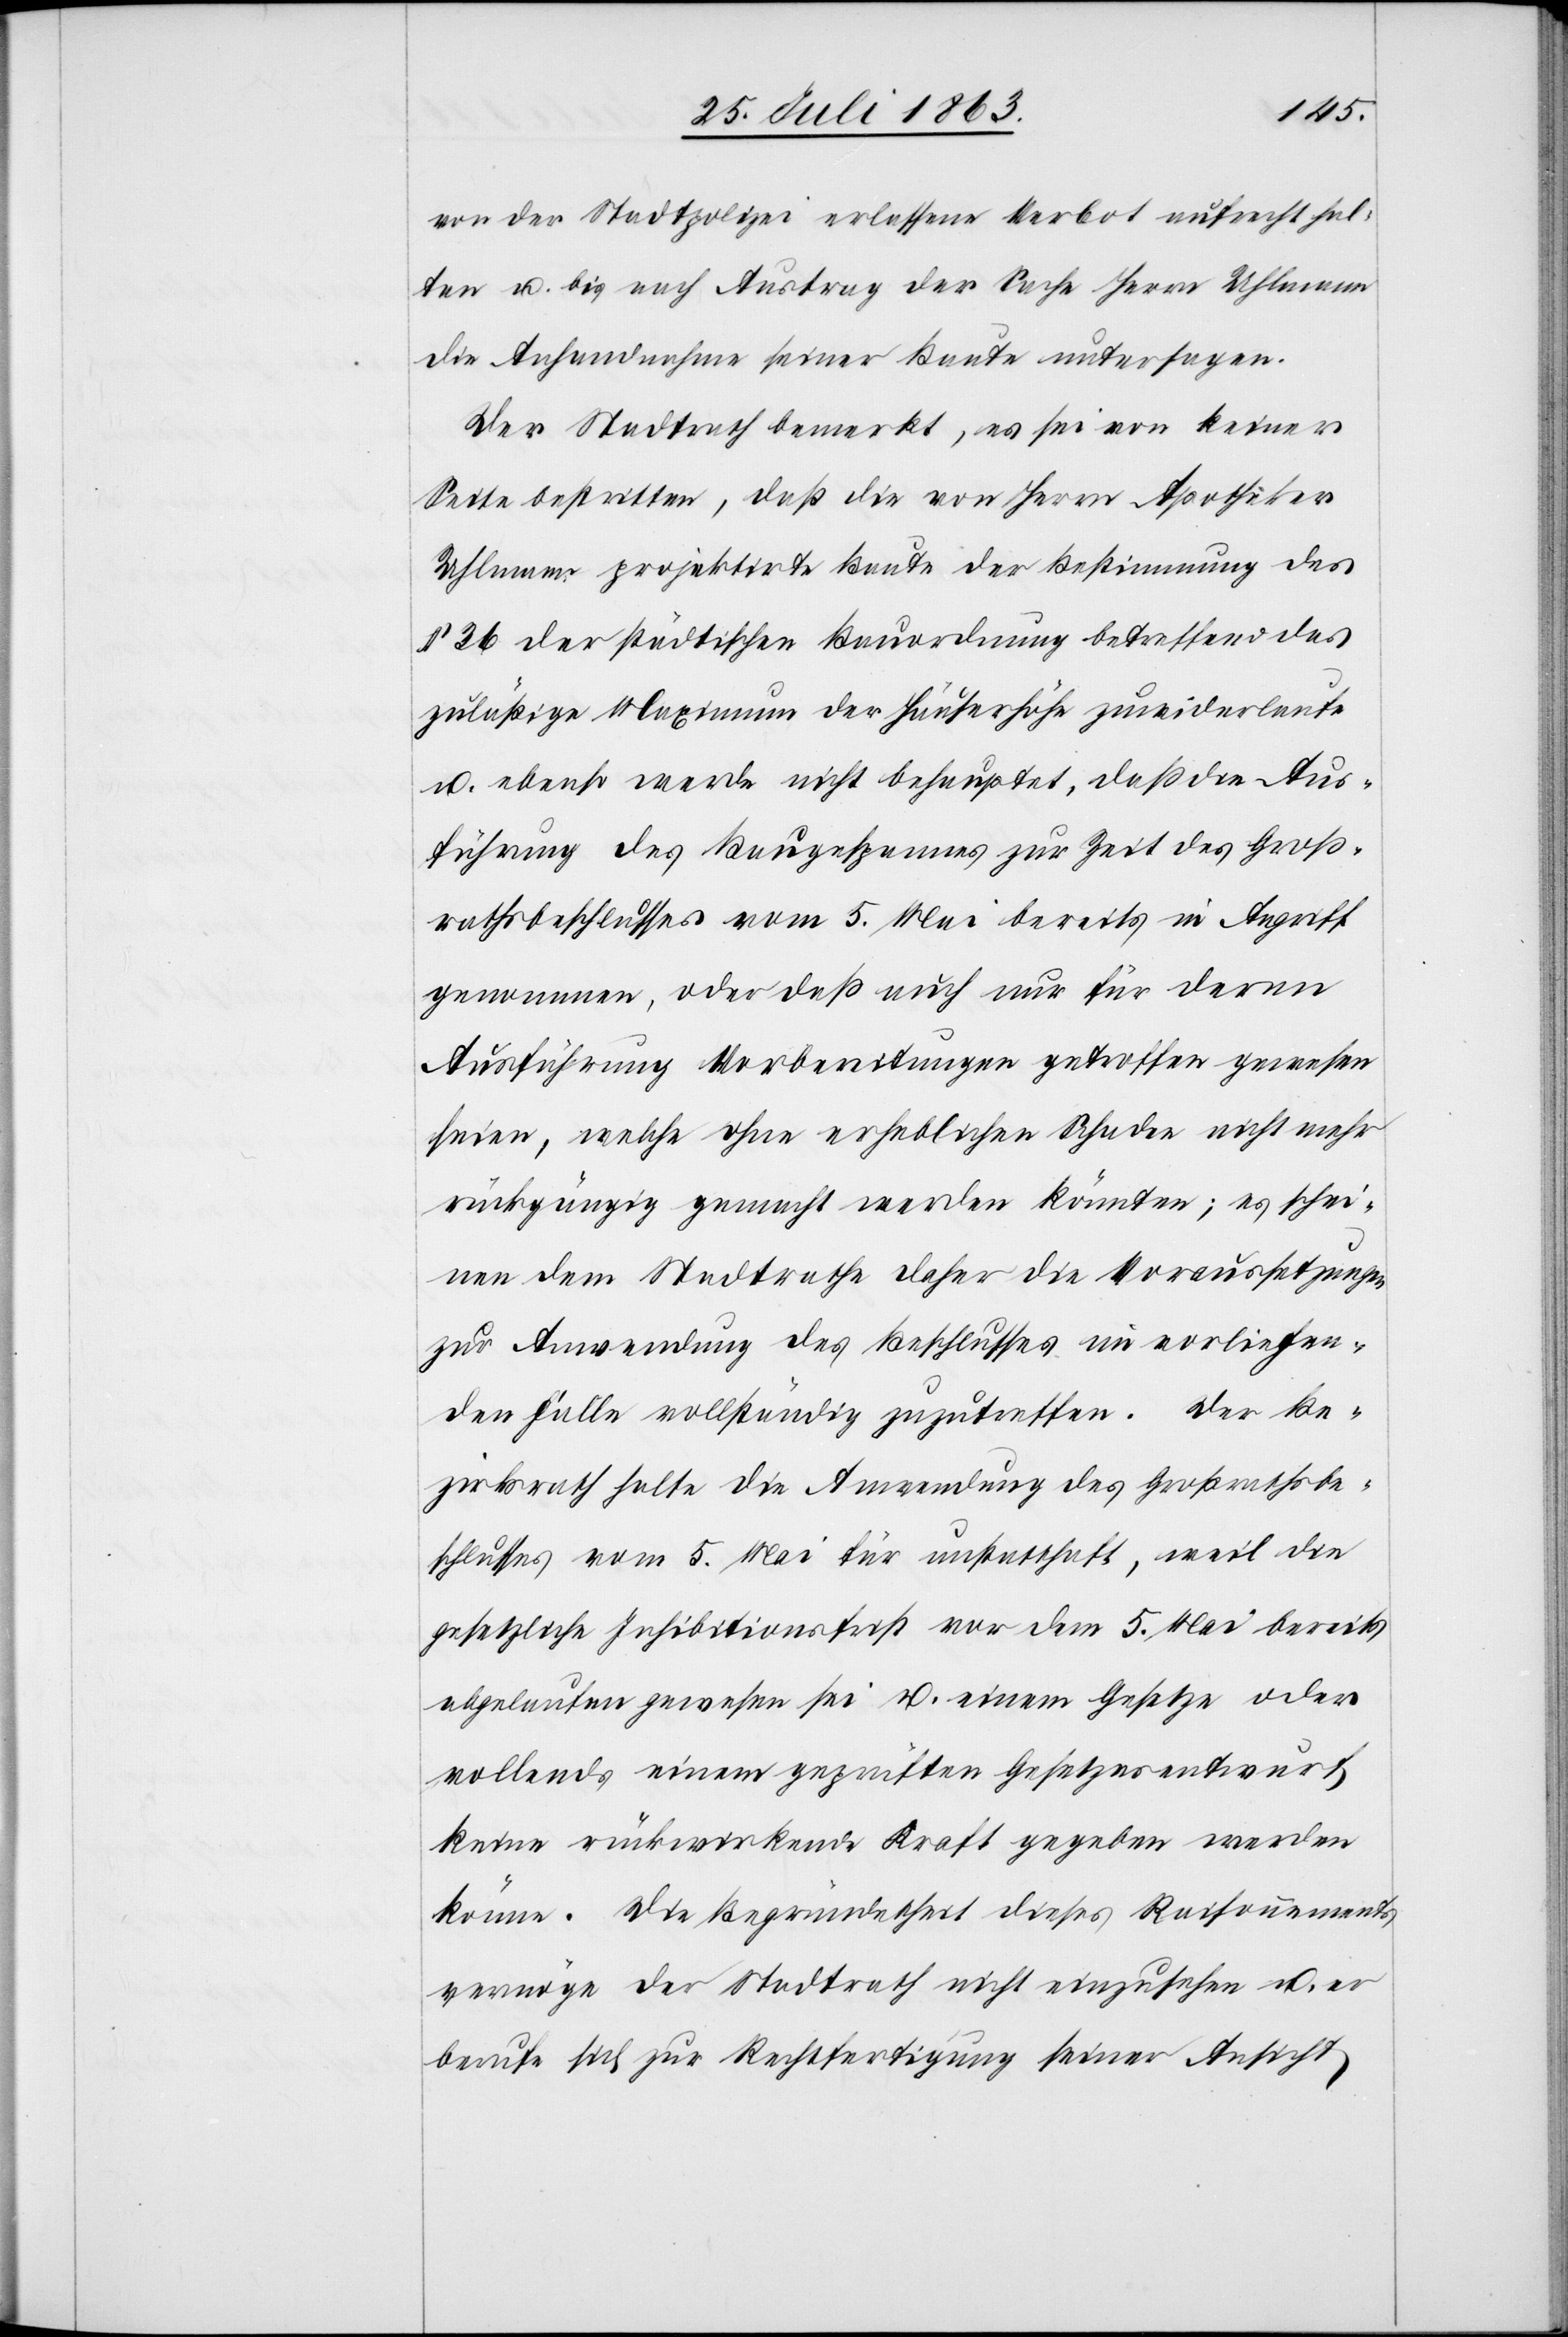
von der Stadtpolizei erlassene Verbot aufrecht hal¬
ten u. bis nach Austrag der Sache Herrn Uhlmann
die Anhandnahme seiner Baute untersagen.
Der Stadtrath bemerkt, es sei von keiner
Seite bestritten, daß die von Herrn Apotheker
Uhlmann projektirte Baute der Bestimmung des
§ 36 der städtischen Bauordnung betreffend das
zuläßige Maximum der Häuserhöhe zuwiderlaufe
u. ebenso werde nicht behauptet, daß die Aus¬
führung des Baugespannes zur Zeit des Groß¬
rathsbeschlusses vom 5. Mai bereits in Angriff
genommen, oder daß auch nur für deren
Ausführung Vorbereitungen getroffen gewesen
seien, welche ohne erheblichen Schaden nicht mehr
rückgängig gemacht werden könnten; es schei¬
nen dem Stadtrathe daher die Voraussetzungen
zur Anwendung des Beschlusses im vorliegen¬
den Falle vollständig zuzutreffen. Der Be¬
zirksrath halte die Anwendung des Großrathsbe¬
schlusses vom 5. Mai für unstatthaft, weil die
gesetzliche Inhibitionsfrist vor dem 5. Mai bereits
abgelaufen gewesen sei u. einem Gesetze oder
vollends einem geprüften Gesetzesentwurf
keine rückwirkende Kraft gegeben werden
könne. Die Begründetheit dieses Raisonnements
vermöge der Stadtrath nicht einzusehen u. er
berufe sich zur Rechtfertigung seiner Ansicht